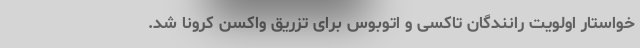
خواستار اولویت رانندگان تاکسی و اتوبوس برای تزریق واکسن کرونا شد.